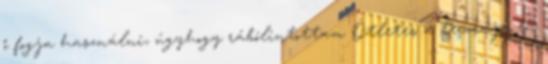
ő fogja használni, úgyhogy rábólintottam Ötletes a tervrajz, én